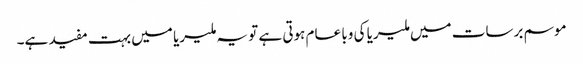
موسم برسات میں ملیریا کی وبا عام ہوتی ہے تو یہ ملیریا میں بہت مفید ہے۔